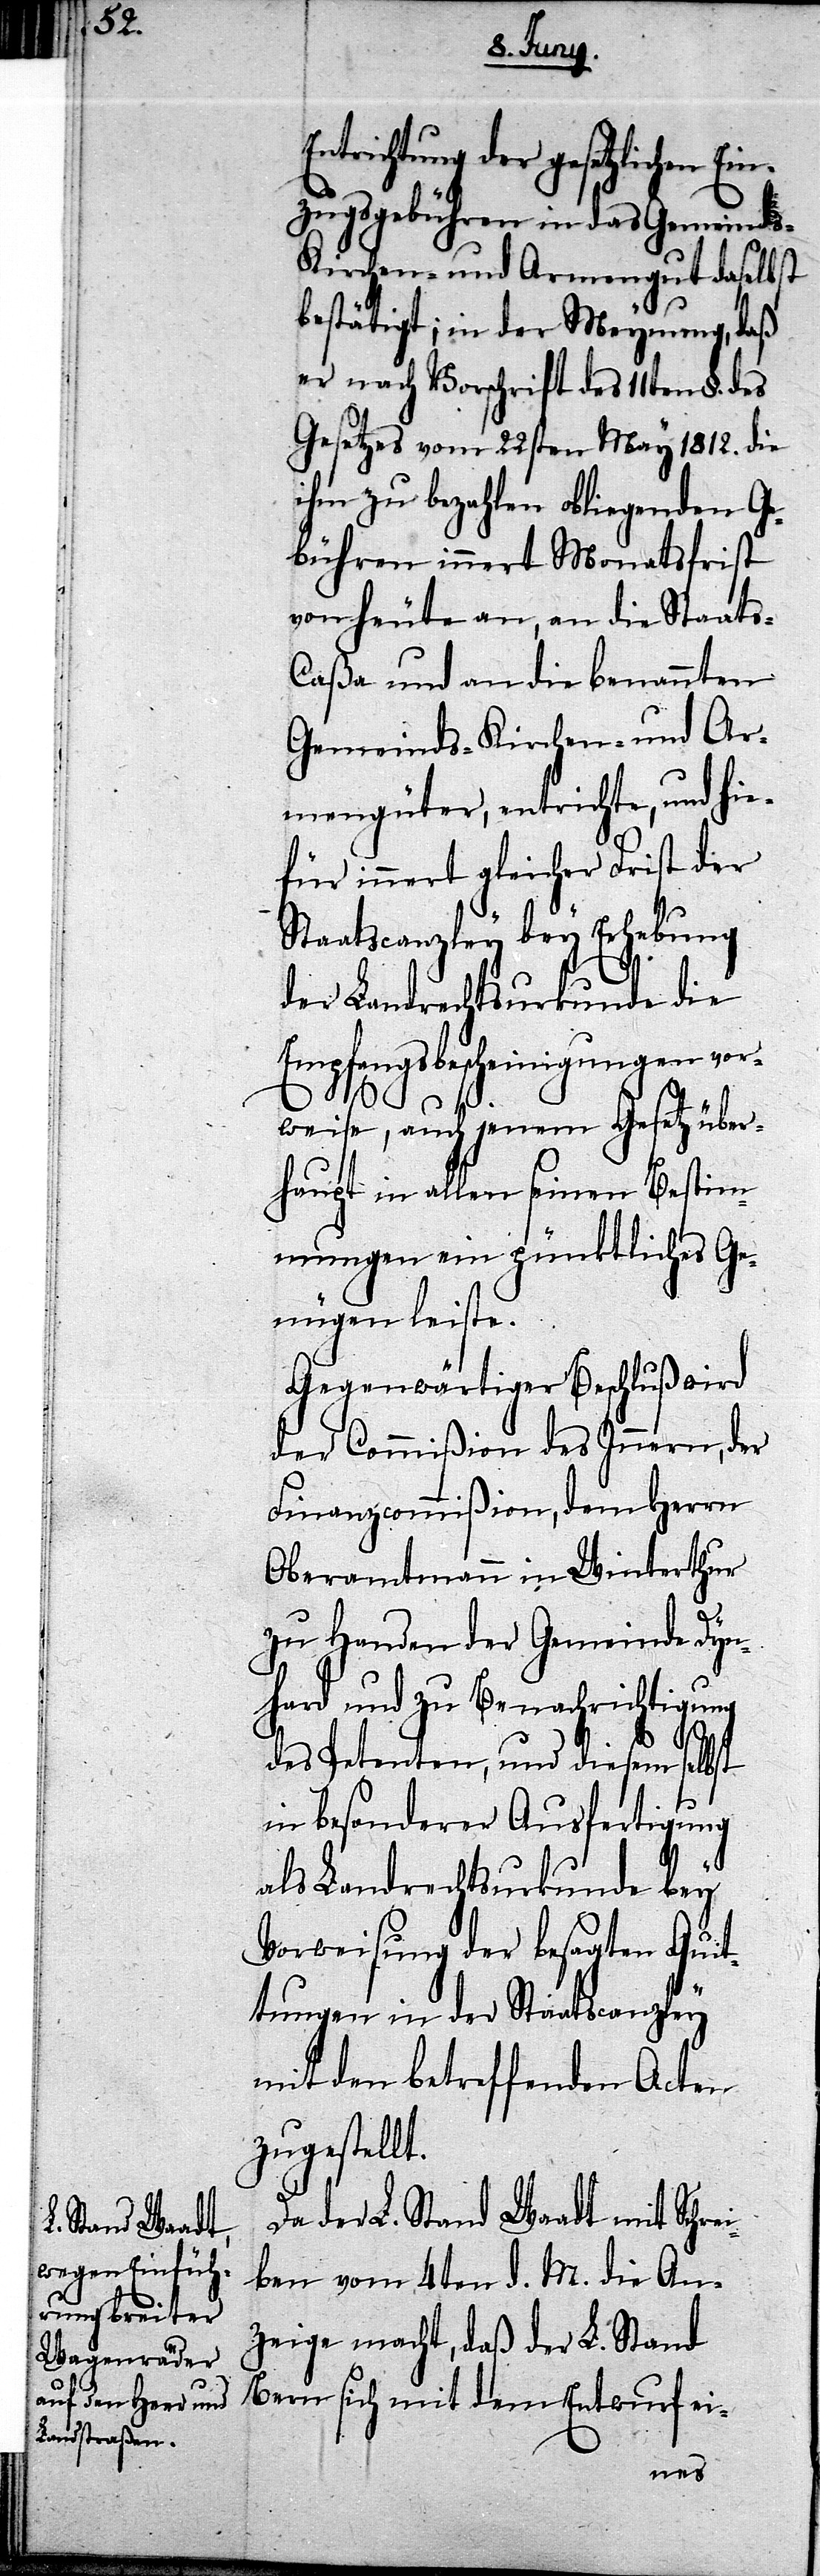
Entrichtung der gesetzlichen Ei¬
nzugsgebühren in das Gemeinds-
Kirchen- und Armengut daselbst
bestätigt; in der Meynung, daß
er nach Vorschrift des 11ten §. des
Gesetzes vom 22sten May 1812. die
ihm zu bezahlen obliegenden Ge¬
bühren innert Monatsfrist
von heute an, an die Staat¬
aßa und an die benannten
Gemeinds- Kirchen- und Ar¬
mengüter, entrichte, und hie¬
für innert gleicher Frist der
Staatscanzley bey Erhebung
der Landrechtsurkunde die
Empfangsbescheinigungen vor¬
s-C¬
weise, auch jenem Gesetz über¬
haupt in allen seinen Bestim¬
mungen ein pünktliches Ge¬
nügen leiste.
Gegenwärtiger Beschluß wird
der Commißion des Innern, der
Finanzcommißion, dem Herrn
Oberamtmann in Winterthur
zu Handen der Gemeinde Dyn¬
hard und zu Benachrichtigung
des Petenten, und diesem selbst
in besonderer Ausfertigung
als Landrechtsurkunde bey
Vorweisung der besagten Quit¬
tungen in der Staatscanzley
mit dem betreffenden Acten
zugestellt.
Da der L. Stand Waadt mit Schre¬
iben vom 4ten d. M. die An¬
zeige macht, daß der L. Stand
Bern sich mit dem Entwurf ei-